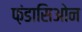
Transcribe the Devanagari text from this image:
फ़ंडासिओन